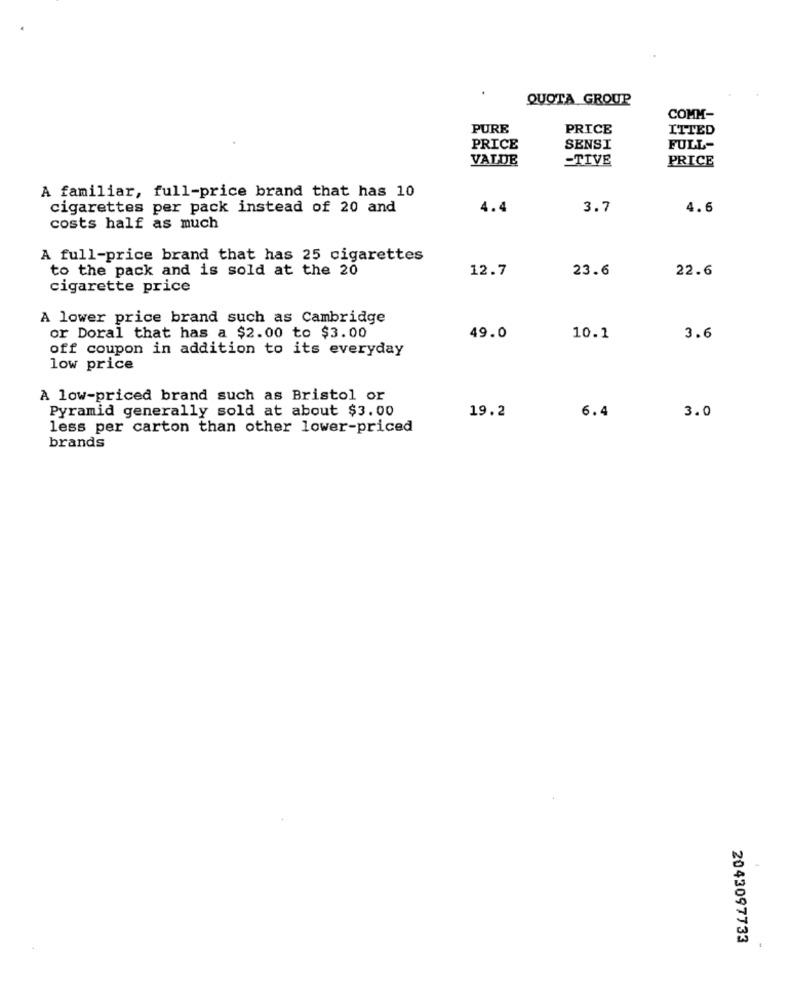
QUOTA GROUP
COMM-
PURE
PRICE
ITTED
PRICE
SENSI
FULL-
VALDE
=TIVE
PRICE
A familiar, full-price brand that has 10
cigarettes per pack instead of 20 and
4.4
3.7
4.6
costs half as much
A full-price brand that has 25 cigarettes
to the pack and is sold at the 20
12.7
23.6
22.6
cigarette price
A lower price brand such as Cambridge
49.0
or Doral that has a $2.00 to $3.00
10.1
3.6
off coupon in addition to its everyday
low price
A low-priced brand such as Bristol or
Pyramid generally sold at about $3.00
19.2
6.4
3.0
less per carton than other lower-priced
brands
2043097733